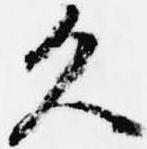
久